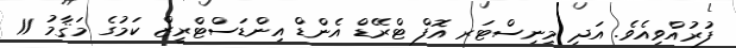
ފުރުއްވިއެވެ. އަދި މިނިސްޓަރ އޮފް ޓްރޭޑް އެންޑް އިންޑަސްޓްރީޒް ކަމުގެ މަޤާމު 11